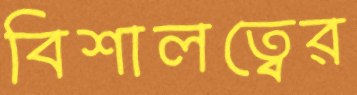
বিশালত্বের